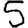
Digit: 5